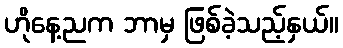
ဟိုနေ့ညက ဘာမှ ဖြစ်ခဲ့သည့်နှယ်။